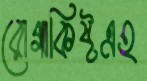
রোগাকিষ্টএহ